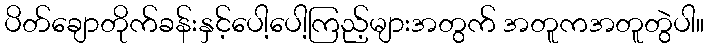
ပိတ်ချောတိုက်ခန်းနှင့်ပေါ့ပေါ့ကြည့်များအတွက် အတူကအတူတွဲပါ။